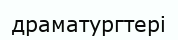
драматургтері